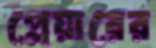
প্লেয়ারের